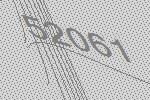
52061